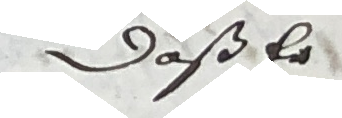
Daß er